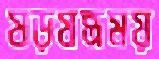
ষড়যন্ত্রময়